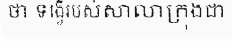
ថា ទង្វើរបស់សាលាក្រុងជា